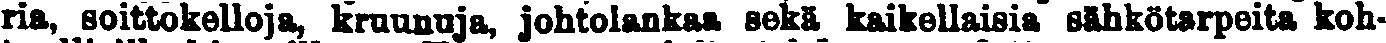
ria, soittokelloja, kruunuja, johtolankaa sekä kaikellaisia sähkötarpeita koh-